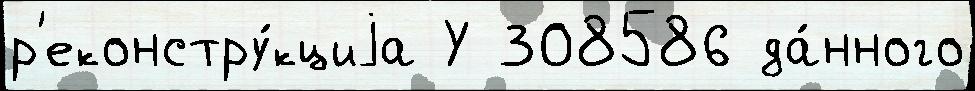
р'еконстру́кциjа У 308586 да́нного